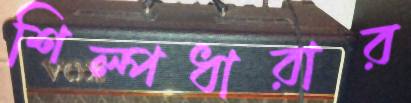
শিল্পধারার